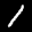
Label: 1